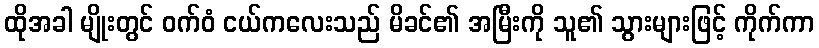
ထိုအခါ မျိုးတွင် ဝက်ဝံ ငယ်ကလေးသည် မိခင်၏ အမြီးကို သူ၏ သွားများဖြင့် ကိုက်ကာ